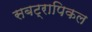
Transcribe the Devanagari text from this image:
सबट्रापिकल